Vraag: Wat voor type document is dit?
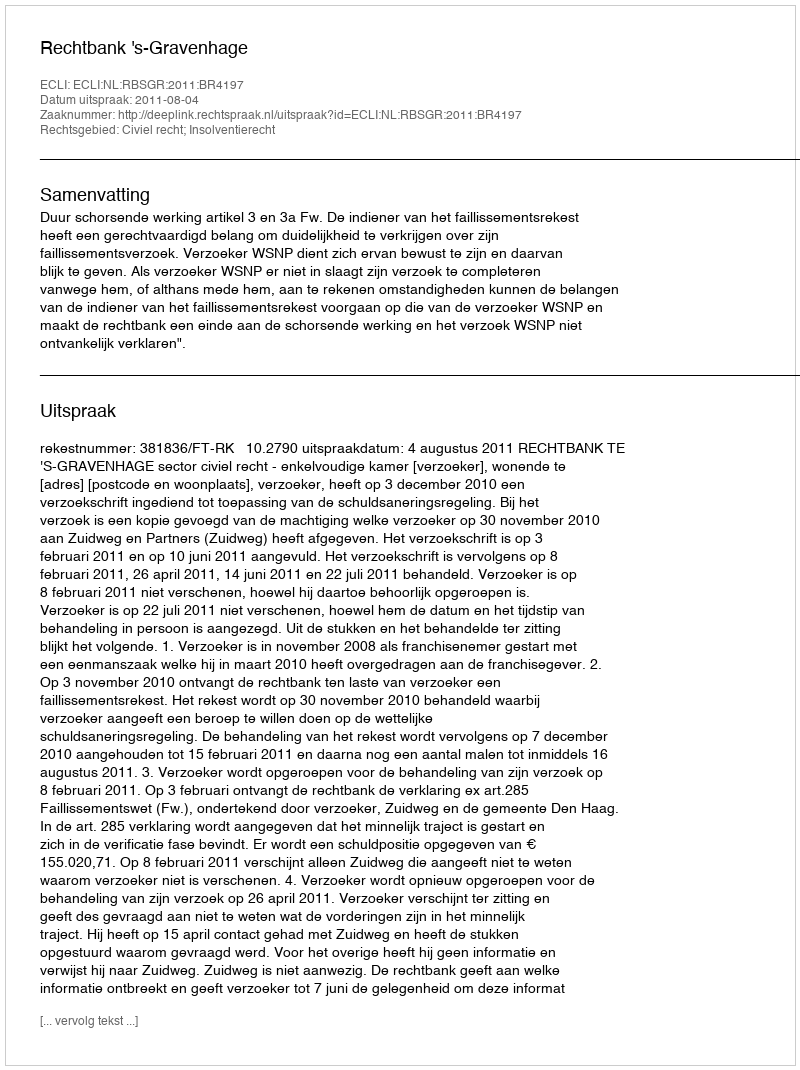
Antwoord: Uitspraak